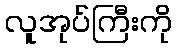
လူအုပ်ကြီးကို